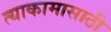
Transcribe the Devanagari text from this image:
त्याकामासाठी